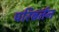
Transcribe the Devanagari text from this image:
परिबर्तन